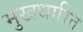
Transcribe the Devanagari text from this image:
मुखधारित